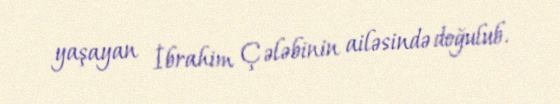
yaşayan İbrahim Çələbinin ailəsində doğulub.